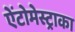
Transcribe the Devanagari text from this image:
ऐंटोमेस्ट्राका